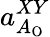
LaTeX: a_{A_{\mathrm{O}}}^{XY}